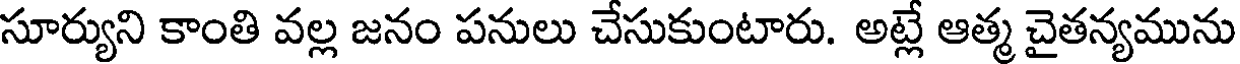
సూర్యుని కాంతి వల్ల జనం పనులు చేసుకుంటారు. అట్లే ఆత్మ చైతన్యమును